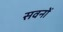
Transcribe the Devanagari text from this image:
सवनों